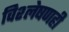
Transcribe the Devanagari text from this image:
विश्लेषणही